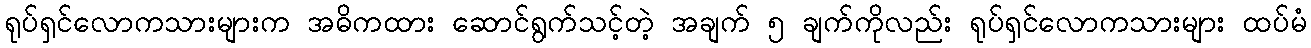
ရုပ်ရှင်လောကသားများက အဓိကထား ဆောင်ရွက်သင့်တဲ့ အချက် ၅ ချက်ကိုလည်း ရုပ်ရှင်လောကသားများ ထပ်မံ